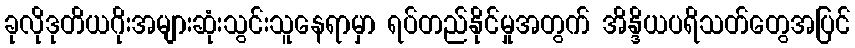
ခုလိုဒုတိယဂိုးအများဆုံးသွင်းသူနေရာမှာ ရပ်တည်နိုင်မှုအတွက် အိန္ဒိယပရိသတ်တွေအပြင်